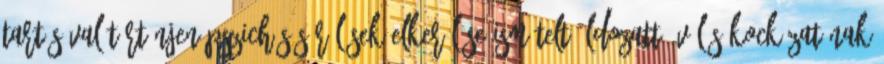
tartásával történjen Pszichés sérülések elkerülése Ismételt áldozattá válás kockázatának